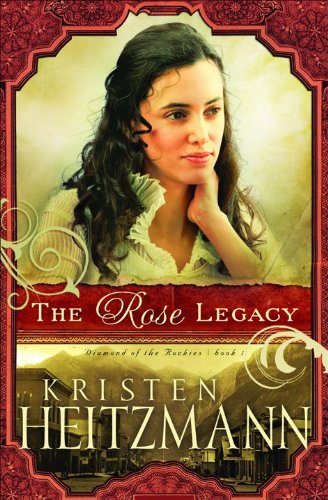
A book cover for The Rose Legacy (Diamond of the Rockies); Kristen Heitzmann; Religion & Spirituality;